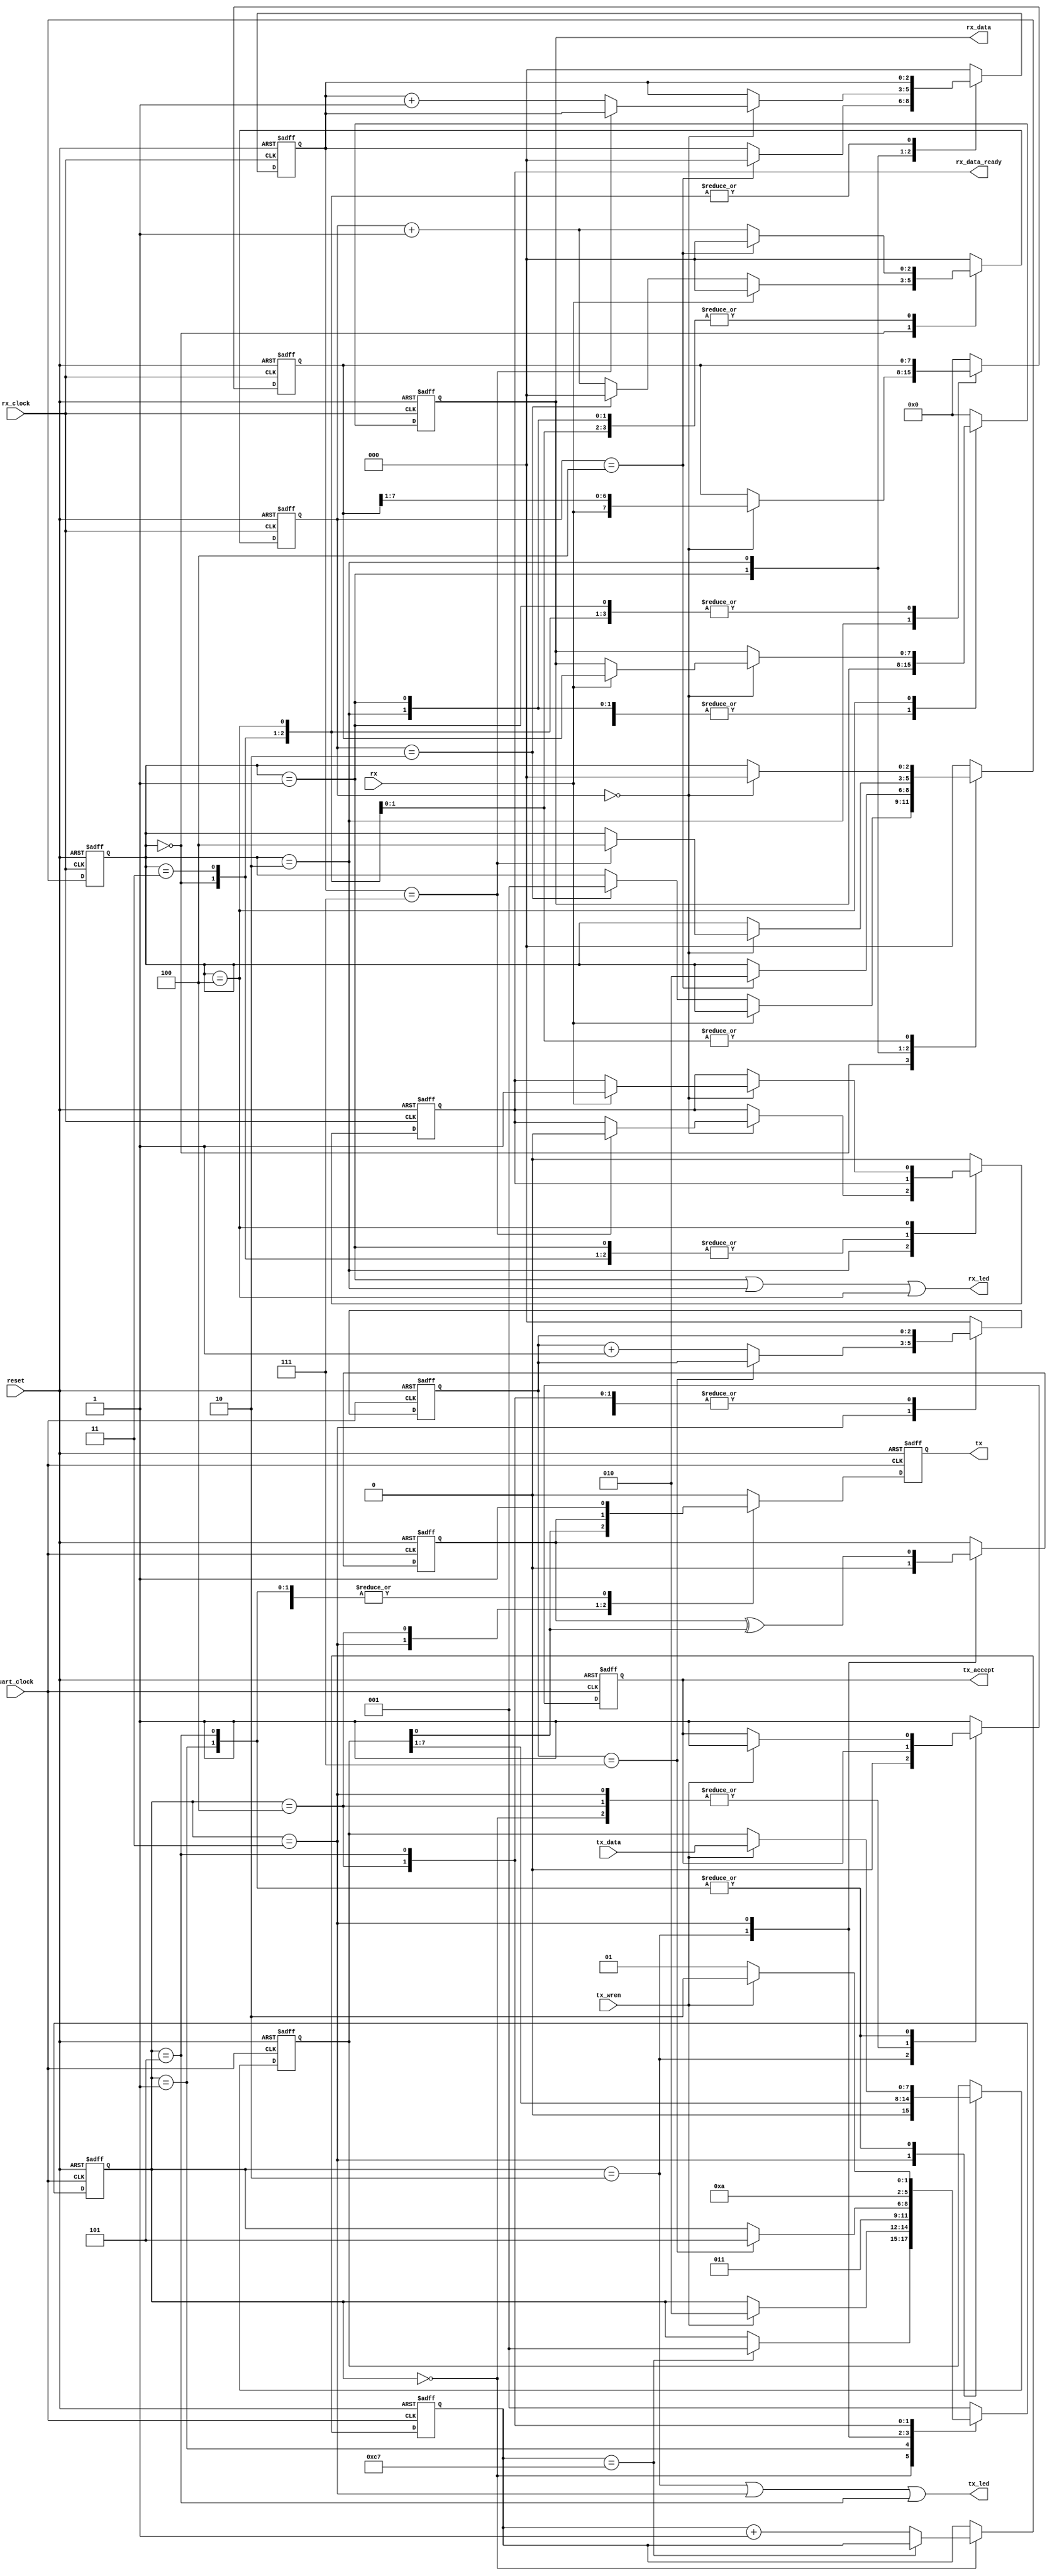

// Clock-rate agnostic
// RX_CLOCK_MUL must be >= 1
// TODO: 
//  other control lines?
module uart
	#(parameter WAIT_DELAY = 200, 
	            RX_CLOCK_MUL = 5,
					STOPBITS = 1,
					PARITY = 0,
					BITSIZE = 8)
	(input reset,
	 
	 input uart_clock,
	 
	 input [7:0] tx_data,
	 input tx_wren,
	 
	 output reg tx,
	 output wire tx_led,
	 output reg tx_accept,
	 
	 input rx_clock,
	 input rx,
	 output wire rx_led,
	 output reg [7:0] rx_data,
	 output reg rx_data_ready);
	
	localparam WAIT_DELAY_BITS = $clog2(WAIT_DELAY);
	reg [WAIT_DELAY_BITS-1:0] wait_count;
		
	
	localparam TX_INIT=0, TX_IDLE=1, TX_START_BIT=2, TX_SEND_8BIT=3, TX_PARITY_BIT=4, TX_STOP_BIT=5;
	reg [2:0] tx_state;

	// tx output
	assign tx_led = (tx_state == TX_START_BIT || tx_state == TX_SEND_8BIT || tx_state == TX_STOP_BIT);
	reg [2:0] tx_bit_count;
	
	// data input
	reg [7:0] tx_bits;
	
	// flow
	reg tx_stopbits;
	reg tx_parity;
	
	always @(posedge uart_clock or posedge reset)
	begin
		if(reset) begin
			// state
			wait_count <= 'b0;
			tx_state <= TX_INIT;

			// TX
			tx <= 'b1;
			tx_accept <= 'b0;
			tx_bits <= 'b0;
			tx_bit_count <= 0;
			tx_stopbits <= 1'b0;
			tx_parity <= 1'b0;
		end else begin
			case(tx_state)
				TX_INIT: begin
					tx <= 'b1; // Put the tx pin into idle immediately
					
					// Wait some time sending any data
					if(wait_count == (WAIT_DELAY - 1)) begin
						tx_state <= TX_IDLE;
					end else begin
						wait_count <= wait_count + 1;
					end

				end
				TX_IDLE:	begin
					tx <= 'b1;
					if(tx_wren)
					begin
						tx_bits <= tx_data;
						tx_accept <= 'b1;
						tx_state <= TX_START_BIT;
					end				
				end
				TX_START_BIT: begin
					// For one clock cycle pull tx low to 0 to trigger a start bit
					tx <= 'b0;
					
					// The data input clock goes low in the start_bit so that new data can be prepared asap
					tx_accept <= 'b0;
					
					// Send 8 bits of data...
					tx_bit_count <= 0;
					tx_parity <= 1'b0;
					tx_state <= TX_SEND_8BIT;
				end
				TX_SEND_8BIT: begin
					// Set current output bit and rotate
					tx_parity <= tx_parity ^ tx_bits[0];
					tx <= tx_bits[0];
					tx_bits <= {1'b0, tx_bits[7:1]};
					
					// After BITSIZE bits, send a parity bit or skip to stop bit
					if(tx_bit_count == (BITSIZE - 1)) begin
						tx_stopbits <= 1'b0;
						tx_state <= (PARITY == 1 || PARITY == 2) ? TX_PARITY_BIT : TX_STOP_BIT;
					end else begin
						tx_bit_count <= tx_bit_count + 1;
					end
				end
				TX_PARITY_BIT: begin
					// If there were an odd number of 1s, tx_parity is 1 right now
					// If there were an even number of 1s, tx_parity is 0 right now
					// ODD mode (PARITY==1), wants a 1 if there were an even number of ones
					// EVEN mode (PARITY==2), wants a 1 if there were an odd number of ones
					tx <= (PARITY == 1) ? ~tx_parity : tx_parity;
					tx_state <= TX_STOP_BIT; // Only one bit of parity
				end
				TX_STOP_BIT: begin
					// Send a '1' for the stop bit
					tx <= 'b1;
					
					// If there's 1 stop bit, then proceed to the next byte in one cycle
					// otherwise, for 2 stop bits, wait one extra stop bit cycle before 
					// the next byte
					if((STOPBITS == 1) || ((STOPBITS == 2 && tx_stopbits == 1'b1))) begin
						// If tx_wren is high then there's more data
						if(tx_wren)
						begin
							tx_bits <= tx_data;
							tx_accept <= 'b1;
							tx_state <= TX_START_BIT;
						end else begin
							// If there's no data to transmit, go into IDLE leaving tx high
							tx_state <= TX_IDLE;
						end
					end else begin
						tx_stopbits <= 1'b1;
					end
				end
				default: begin
					tx <= 'b0;
					tx_accept <= 'b1;
					tx_bit_count <= 0;
					tx_state <= TX_IDLE;
				end
			endcase
		end
	end

	localparam RX_START_BIT_SAMPLES = (RX_CLOCK_MUL + 1) / 2;
	localparam RX_IDLE=0, RX_START_BIT=1, RX_SAMPLE_BITS=2, RX_PARITY_BIT=3, RX_STOP_BIT=4;
	
	reg [2:0] rx_state;
	reg [($clog2(RX_CLOCK_MUL)-1):0] rx_counter;
	
	reg [2:0] rx_bit_count;
	reg [7:0] rx_bits;
	
	assign rx_led = (rx_state == RX_START_BIT || rx_state == RX_SAMPLE_BITS || rx_state == RX_STOP_BIT);
	
	reg rx_stopbits;
	reg rx_parity;
	
	always @(posedge rx_clock or posedge reset)
	begin
		if(reset) begin
			rx_counter <= 0;
			rx_bit_count <= 0;
			rx_bits <= 8'b0;
			rx_data <= 8'b0;
			rx_data_ready <= 0;
			rx_state <= RX_IDLE;
			rx_stopbits <= 1'b0;
			rx_parity <= 1'b0;
		end else begin
			case(rx_state)
				RX_IDLE: begin
					// In idle, wait for rx to go low for a long enough period of time
					if(~rx) begin
						if(rx_counter == (RX_START_BIT_SAMPLES - 1)) begin
							rx_counter <= 0;
							rx_state <= RX_START_BIT;
						end else begin
							rx_counter <= rx_counter + 1;
						end
					end else begin
						rx_counter <= 0;
					end
				end
				RX_START_BIT: begin
					// now wait for a full uart clock cycle before sampling data..
					if(rx_counter == (RX_CLOCK_MUL - 1)) begin
						rx_bit_count <= 0;
						rx_counter <= 0;
						rx_parity <= 1'b0;
						rx_state <= RX_SAMPLE_BITS;
					end else begin
						rx_counter <= rx_counter + 1;
					end
				end
				RX_SAMPLE_BITS: begin
					if(rx_counter == 0) begin
						rx_parity <= rx_parity ^ rx;
						
						if(rx_bit_count == (BITSIZE - 1)) begin
							// On SIZEs < 8, we have to shift bits into position, but this works for 8 too
							rx_bits <= {rx, rx_bits[7:1]} >> (8 - BITSIZE);				
							rx_state <= (PARITY == 1 || PARITY == 2) ? RX_PARITY_BIT : RX_STOP_BIT;
							rx_stopbits <= 1'b0;
							rx_data_ready <= 1'b0;
						end else begin
							rx_bits <= {rx, rx_bits[7:1]};
							rx_bit_count <= rx_bit_count + 1;
						end
					end 
					
					if(rx_counter == (RX_CLOCK_MUL - 1)) begin
						rx_counter <= 0;
					end else begin
						rx_counter <= rx_counter + 1;
					end
				end
				RX_PARITY_BIT: begin
					// counter is at 1 when entering this state
					if(rx_counter == 0) begin
						// If there were an odd number of 1s, tx_parity is 1 right now
						// If there were an even number of 1s, tx_parity is 0 right now
						// ODD mode (PARITY==1), wants a 1 if there were an even number of ones
						// EVEN mode (PARITY==2), wants a 1 if there were an odd number of ones
						if(((PARITY == 1) && (rx == ~rx_parity)) || ((PARITY == 2) && (rx == rx_parity))) begin
							rx_state <= RX_STOP_BIT;
						end else begin
							// The parity bit was incorrect so back to IDLE...TODO: transmission error output signal
							rx_state <= RX_IDLE;
						end
					end

					if(rx_counter == (RX_CLOCK_MUL - 1)) begin
						rx_counter <= 0;
					end else begin
						rx_counter <= rx_counter + 1;
					end					
				end
				RX_STOP_BIT: begin
					// counter is at 1 when entering this state
					if(rx_counter == 0) begin
						if(rx) begin // transmission done
							// Stop bit received
							if((STOPBITS == 1) || ((STOPBITS == 2) && rx_stopbits == 1'b1)) begin
								rx_data <= rx_bits;
								rx_state <= RX_IDLE;
								
								// the system has until the next stop bit to pull the data
								// and must wait for rx_data_ready to go low before the next data
								// is available
								rx_data_ready <= 1'b1; 
							end else begin
								rx_stopbits <= 1'b1;
							end
						end else begin 
							// There's no stop bit, so we assume there's a transmission error
							// For now, ignore the data. TODO: transmission error output signal
							rx_state <= RX_IDLE;
						end
					end 
					
					if(rx_counter == (RX_CLOCK_MUL - 1)) begin
						rx_counter <= 0;
					end else begin
						rx_counter <= rx_counter + 1;
					end										
				end
				default: begin
					rx_counter <= 0;
					rx_bit_count <= 0;
					rx_bits <= 8'b0;
					rx_data <= 8'b0;
					rx_data_ready <= 0;
					rx_state <= RX_IDLE;
				end
			endcase
		end
	end
	
endmodule